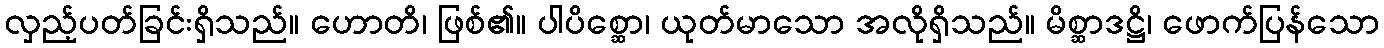
လှည့်ပတ်ခြင်းရှိသည်။ ဟောတိ၊ ဖြစ်၏။ ပါပိစ္ဆော၊ ယုတ်မာသော အလိုရှိသည်။ မိစ္ဆာဒဋ္ဌိ၊ ဖောက်ပြန်သော